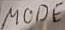
Text: MODE